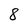
Character: 8